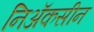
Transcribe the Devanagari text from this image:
निॲकसीन